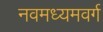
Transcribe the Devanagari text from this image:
नवमध्यमवर्ग